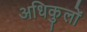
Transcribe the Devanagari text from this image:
अधिकुलों